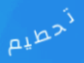
تحطيم